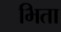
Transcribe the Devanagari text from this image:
भिता